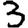
Digit: 3